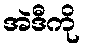
အဲဒီကို